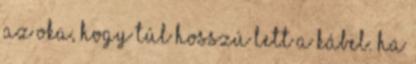
az oka, hogy túl hosszú lett a kábel. Ha